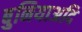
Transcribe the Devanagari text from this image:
बुनियाअदि